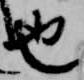
也